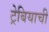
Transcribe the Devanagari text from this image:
ट्रेबियाची